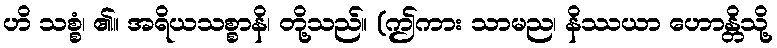
ဟိ သစ္စံ၊ ၏။ အရိယသစ္စာနိ၊ တို့သည်။ (ဤကား သာမည၊ နိဿယာ ဟောန္တိသို့